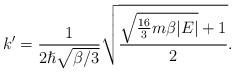
LaTeX: \begin{align*}k'=\frac{1}{2\hslash \sqrt{\beta /3}}\sqrt{\frac{\sqrt{\frac{16}{3}m\beta |E|}+1}{2}}.\end{align*}